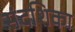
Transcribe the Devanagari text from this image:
संदशिका